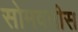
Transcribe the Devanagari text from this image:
सोमवतीस